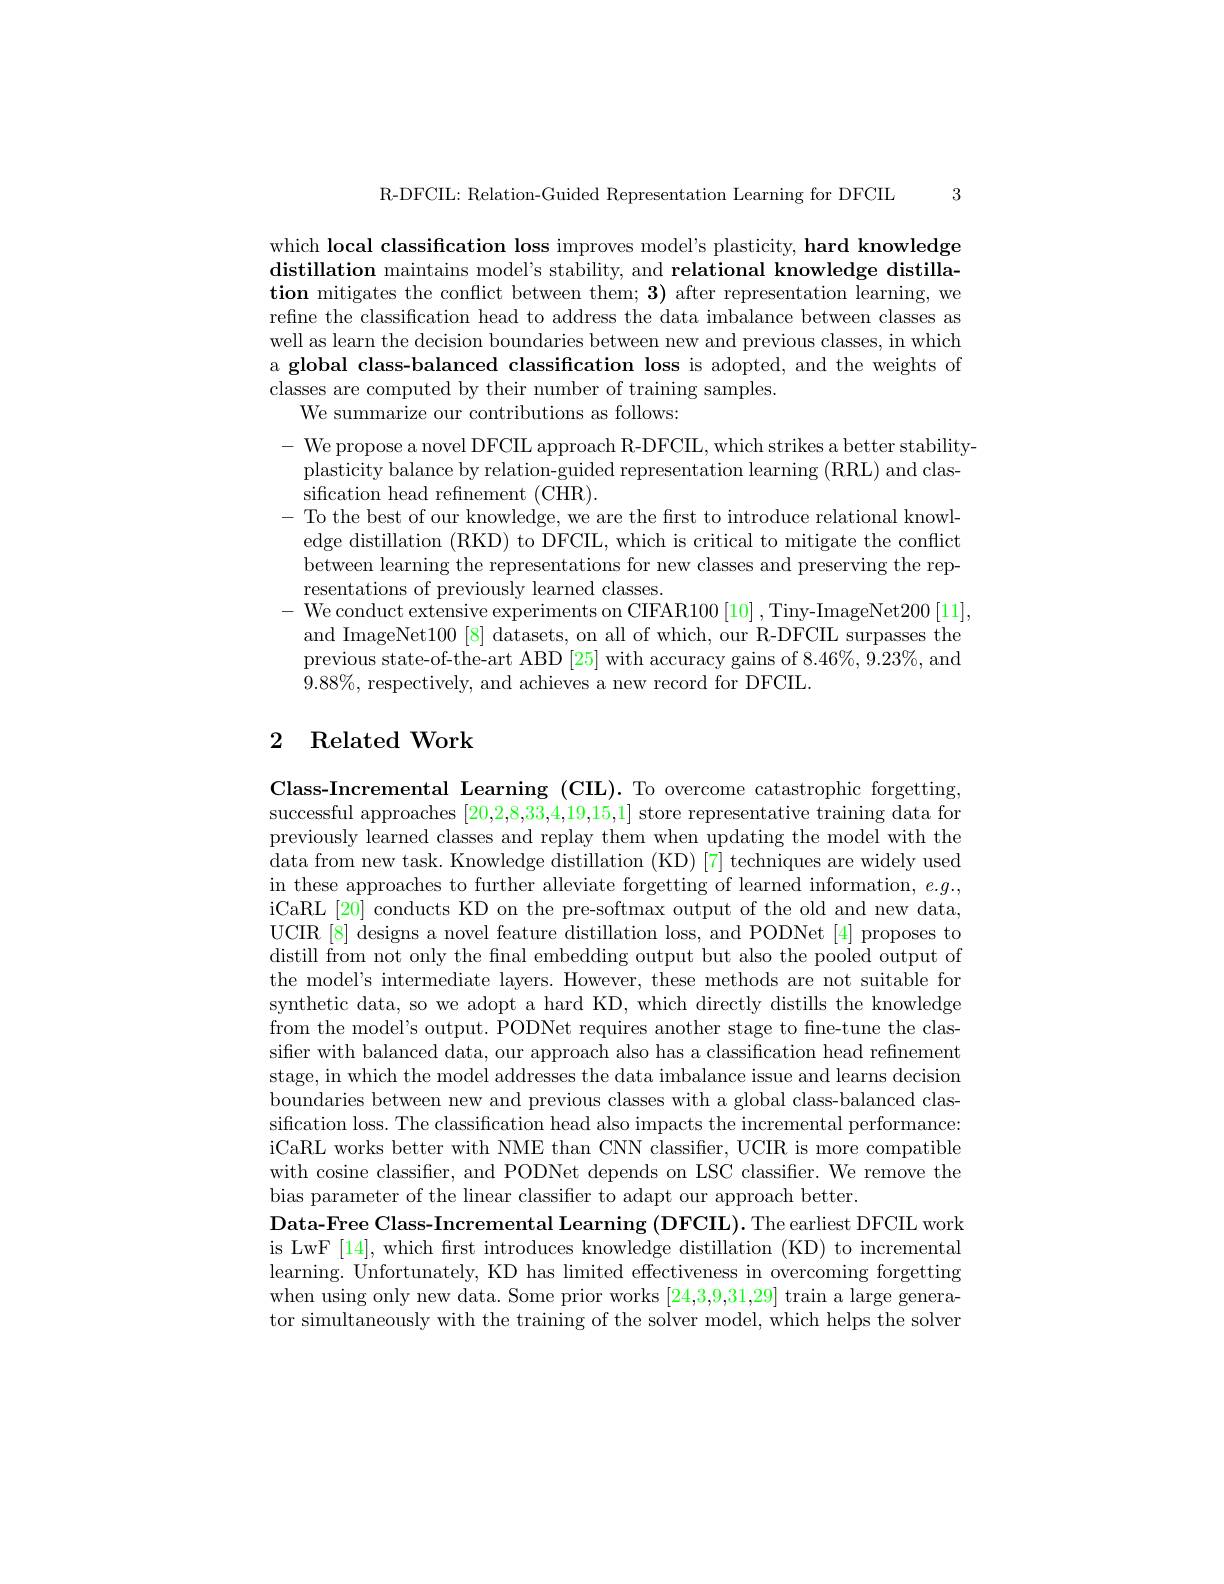
3

R-DFCIL: Relation-Guided Representation Learning for DFCIL

which local classification loss improves model's plasticity, hard knowledge $\textbf{distillation maintains model' s stability, and relational knowledge distilla- }$ tion mitigates the conflict between them; 3) after representation learning, we refine the classification head to address the data imbalance between classes as well as learn the decision boundaries between new and previous classes, in which a global class-balanced classification loss is adopted, and the weights of classes are computed by their number of training samples.
We summarize our contributions as follows:

- We propose a novel DFCIL approach R-DFCII, which strikes a better stability-
plasticity balance by relation-guided representation learning (RRL) and clas-
sification head refinement (CHR).
- To the best of our knowledge, we are the first to introduce relational knowl-
edge distillation (RKD) to DFCIL, which is critical to mitigate the conflict between learning the representations for new classes and preserving the representations of previously learned classes.
- We conduct extensive experiments on CIFAR100[10], Tiny-ImageNet200[11],
and ImageNet100 [8] datasets, on all of which, our R-DFCIL surpasses the previous state-of-the-art ABD [25] with accuracy gains of 8.46%, 9.23%, and $9.88\%$,respectively, and achieves a new record for DFCIL.

## 2 Related Work

Class-Incremental Learning (CIL). To overcome catastrophic forgetting, successful approaches [20,2,8,33,4,19,15,1] store representative training data for previously learned classes and replay them when updating the model with the data from new task. Knowledge distillation (KD) [7] techniques are widely used in these approaches to further alleviate forgetting of learned information, $e.g.$, iCaRL [20] conducts KD on the pre-softmax output of the old and new data, UCIR [8] designs a novel feature distillation loss, and PODNet [4] proposes to distill from not only the final embedding output but also the pooled output of the model's intermediate layers. However, these methods are not suitable for synthetic data, so we adopt a hard KD, which directly distills the knowledge from the model's output. PODNet requires another stage to fine-tune the classiffer with balanced data, our approach also has a classification head refinement stage, in which the model addresses the data imbalance issue and learns decision boundaries between new and previous classes with a global class-balanced classification loss. The classification head also impacts the incremental performance: iCaRL works better with NME than CNN classifier, UCIR is more compatible with cosine classifier, and PODNet depends on LSC classifier. We remove the bias parameter of the linear classifier to adapt our approach better.
Data-Free Class-Incremental Learning (DFCIL). The earliest DFCIL work is LwF [14], which frst introduces knowledge distillation (KD) to incremental learning. Unfortunately, KD has limited effectiveness in overcoming forgetting when using only new data. Some prior works [24,3,9,31,29] train a large generator simultaneously with the training of the solver model, which helps the solver